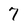
Character: 7